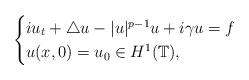
LaTeX: \begin{align*} \begin{cases} iu_t +\bigtriangleup u - |u|^{p-1}u +i\gamma u= f\\ u(x,0) = u_0\in H^1(\mathbb{T}), \end{cases}\end{align*}